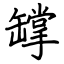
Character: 罉